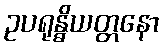
ဥပရုန္ဓိယတ္တနော